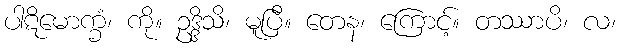
ပါဋိမောက္ခံ၊ ကို။ ဥဒ္ဒိသိ၊ မူပြီ။ တေန၊ ကြောင့်။ တဿာပိ၊ လ၊